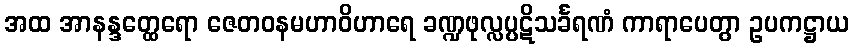
အထ အာနန္ဒတ္ထေရော ဇေတဝနမဟာဝိဟာရေ ခဏ္ဍဖုလ္လပ္ပဋိသင်္ခရဏံ ကာရာပေတွာ ဥပကဋ္ဌာယ